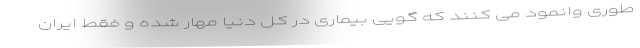
طوری وانمود می کنند که گویی بیماری در کل دنیا مهار شده و فقط ایران